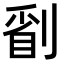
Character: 𠞔